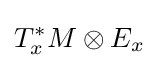
T_{x}^{\ast }M\otimes E_{x}